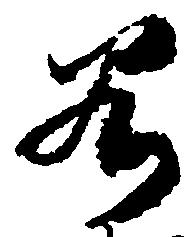
若